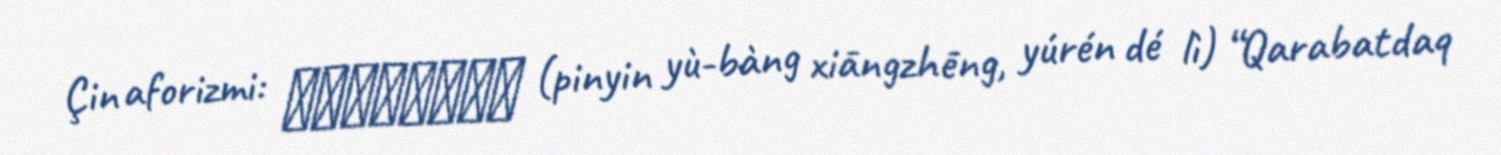
Çin aforizmi: 鷸蚌相爭漁人得利 (pinyin yù-bàng xiāngzhēng, yúrén dé lì) “Qarabatdaq